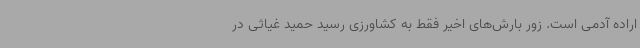
اراده آدمی است. زور بارش‌های اخیر فقط به کشاورزی رسید حمید غیاثی در